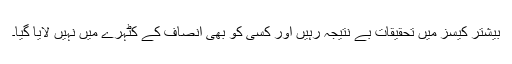
بیشتر کیسز میں تحقیقات بے نتیجہ رہیں اور کسی کو بھی انصاف کے کٹہرے میں نہیں لایا گیا۔